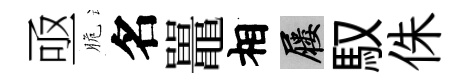
亟脆名鼉相屨馭侏